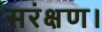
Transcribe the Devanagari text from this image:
सरंक्षण।